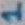
Text: 1